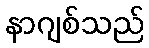
နာဂျစ်သည်